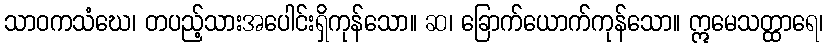
သာဝကသံဃေ၊ တပည့်သားအပေါင်းရှိကုန်သော။ ဆ၊ ခြောက်ယောက်ကုန်သော။ ဣမေသတ္ထာရေ၊